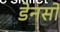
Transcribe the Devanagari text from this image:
डेनसो